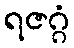
ရဇဂ္ဂံ